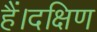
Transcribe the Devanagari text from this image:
हैं।दक्षिण